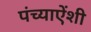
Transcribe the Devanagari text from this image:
पंच्याऐंशी